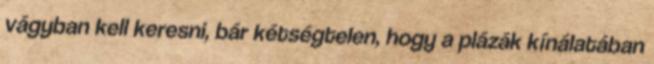
vágyban kell keresni, bár kétségtelen, hogy a plázák kínálatában